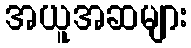
အယူအဆများ